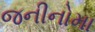
જનીનોમા